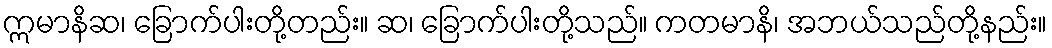
ဣမာနိဆ၊ ခြောက်ပါးတို့တည်း။ ဆ၊ ခြောက်ပါးတို့သည်။ ကတမာနိ၊ အဘယ်သည်တို့နည်း။